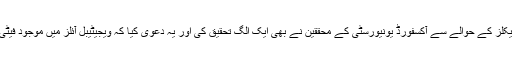
تیل گرم کرنے سے خارج ہونے والے زہریلے کیمیکلز کے حوالے سے آکسفورڈ یونیورسٹی کے محققین نے بھی ایک الگ تحقیق کی اور یہ دعویٰ کیا کہ ویجیٹیبل آئلز میں موجود فیٹی ایسڈز مختلف طبی مسائل میں کردار ادا کرتے ہیں۔